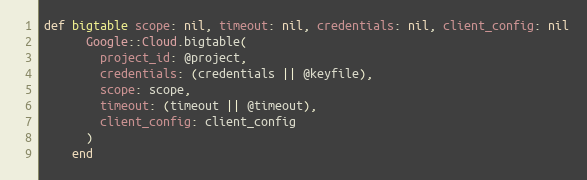
Language: Ruby
def bigtable scope: nil, timeout: nil, credentials: nil, client_config: nil
      Google::Cloud.bigtable(
        project_id: @project,
        credentials: (credentials || @keyfile),
        scope: scope,
        timeout: (timeout || @timeout),
        client_config: client_config
      )
    end